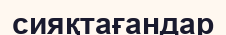
сияқтағандар